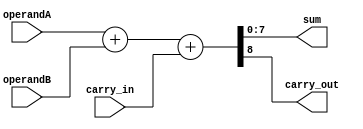
////////////////////////////////////////////////////////////////////////
//	Jul 28 2018
//	full adder
// 	by VAL
////////////////////////////////////////////////////////////////////////

module adder(
	operandA,
	operandB,
	sum,
	carry_in,
	carry_out
	);
	
	parameter OperandWidth = 8;
	
	input		[OperandWidth-1:0]		operandA;
	input		[OperandWidth-1:0]		operandB;
	input								carry_in;
	output reg	[OperandWidth-1:0]		sum;
	output reg							carry_out;
	
	always @ *
	begin
		{carry_out, sum} = operandA + operandB + carry_in;
	end
	
endmodule